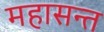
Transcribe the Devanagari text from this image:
महासन्त